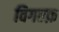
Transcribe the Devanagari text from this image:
विगल्फ़